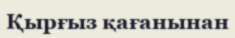
Қырғыз қағанынан